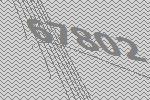
67802